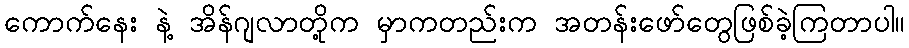
ကောက်နေး နဲ့ အိန်ဂျလာတို့က မှာကတည်းက အတန်းဖော်တွေဖြစ်ခဲ့ကြတာပါ။